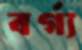
বর্গ্য